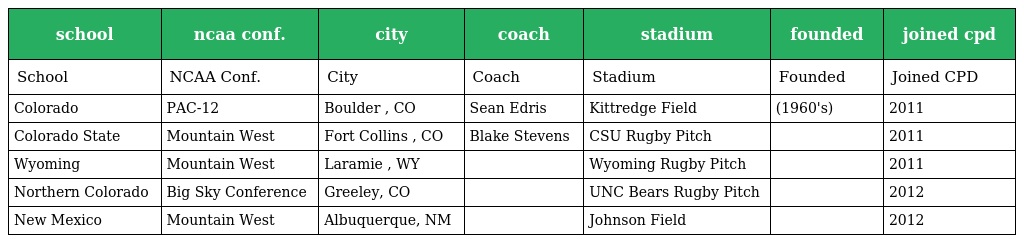
| school | ncaa conf. | city | coach | stadium | founded | joined cpd |
 | --- | --- | --- | --- | --- | --- | --- |
 | School | NCAA Conf. | City | Coach | Stadium | Founded | Joined CPD |
 | Colorado | PAC-12 | Boulder , CO | Sean Edris | Kittredge Field | (1960's) | 2011 |
 | Colorado State | Mountain West | Fort Collins , CO | Blake Stevens | CSU Rugby Pitch |  | 2011 |
 | Wyoming | Mountain West | Laramie , WY |  | Wyoming Rugby Pitch |  | 2011 |
 | Northern Colorado | Big Sky Conference | Greeley, CO |  | UNC Bears Rugby Pitch |  | 2012 |
 | New Mexico | Mountain West | Albuquerque, NM |  | Johnson Field |  | 2012 |